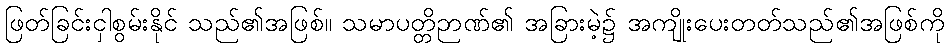
ဖြတ်ခြင်းငှါစွမ်းနိုင် သည်၏အဖြစ်။ သမာပတ္တိဉာဏ်၏ အခြားမဲ့၌ အကျိုးပေးတတ်သည်၏အဖြစ်ကို